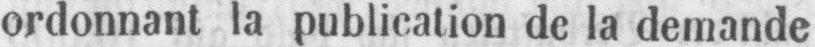
ordonnant la publication de la demande